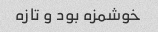
خوشمزه بود و تازه